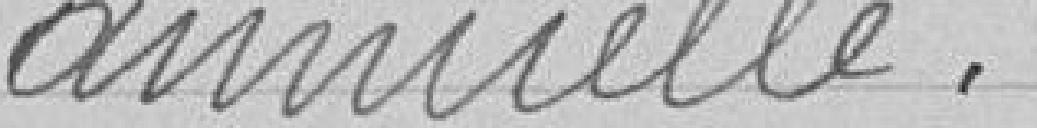
annuelle.